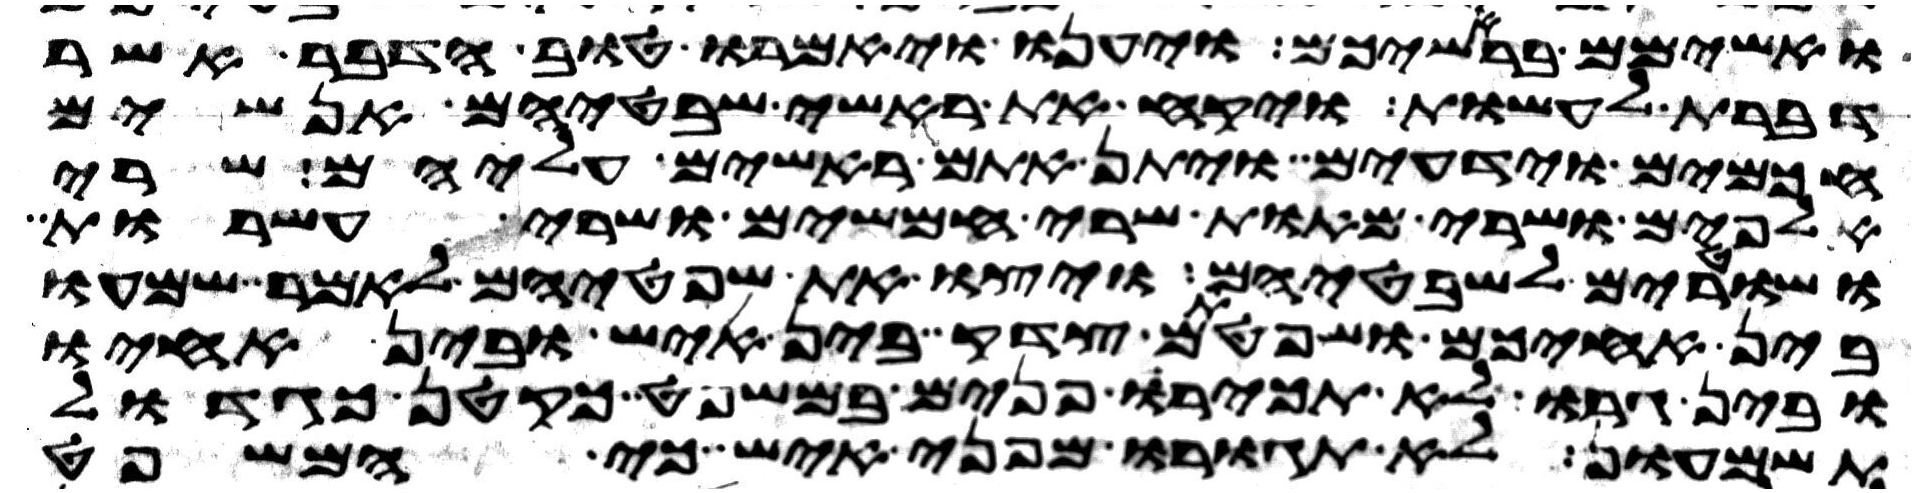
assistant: ואשימם בראשיכם ויענו ויאמרו טוב הדבר אשר
דברת לעשות ויקח את ראשי שבטיהם אנשים
חכמים וידעים ויתן אתם ראשים עליהם שרי
אלפים ושרי מאות שרי חמשים ושרי עשרות
ושטרים לשבטיהם ויצו את שפטיהם לאמר שמעו
בין אחיכם ושפטתם צדק בין איש ובין אחיו
ובין גרו לא תכירו פנים במשפט כקטן כגדול
תשמעון לא תגורו מפני איש כי המשפט